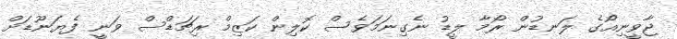
ޖާވީނިއޯގެ ލަނޑުން ރޯމާ ލީޑު ނެގިނަމަވެސް ކޮލިން ކަޒިމް ރިޗަޑްސް ވަނީ ފެޔަނޫޑަށް